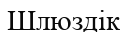
Шлюздік